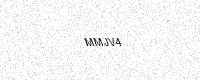
Text: MMJV4